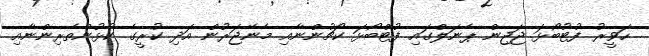
ހަވީރު ފުޓުބޯޅަ ޖަޖިން ޕެނަލްގައި ފުޓްބޯޅަ ކޯޗުންނާއި މެނޭޖަރުން އަދި ކުރީގެ ކުޅުންތެރިންނާއި